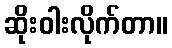
ဆိုးဝါးလိုက်တာ။